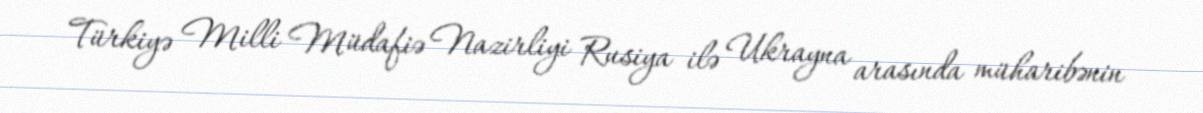
Türkiyə Milli Müdafiə Nazirliyi Rusiya ilə Ukrayna arasında müharibənin